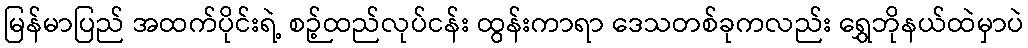
မြန်မာပြည် အထက်ပိုင်းရဲ့ စဉ့်ထည်လုပ်ငန်း ထွန်းကာရာ ဒေသတစ်ခုကလည်း ရွှေဘိုနယ်ထဲမှာပဲ